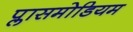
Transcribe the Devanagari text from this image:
प्लासमोडियम